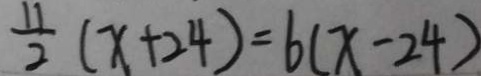
\frac { 1 1 } { 2 } ( x + 2 4 ) = 6 ( x - 2 4 )